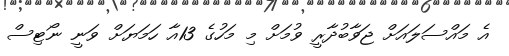
އެ މައްސަލައަށް ޖަވާބުދާރީ ވުމަށް މި މަހުގެ 13އާ ހަމަޔަށް ވަނީ ނޯޓިސް